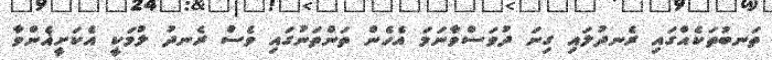
ތަނބުތަކެއްގައި ރެނދުލައި ގިނަ ދުވަސްވާނަމަ އެހެން ތަންތަނުގައި ވެސް ރެނދު ލުމަކީ އެކަށީޣެންވާ